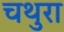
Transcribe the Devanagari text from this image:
चथुरा